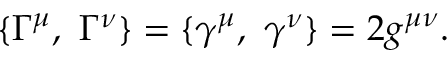
\{ \Gamma ^ { \mu } , ~ \Gamma ^ { \nu } \} = \{ \gamma ^ { \mu } , ~ \gamma ^ { \nu } \} = 2 g ^ { \mu \nu } .